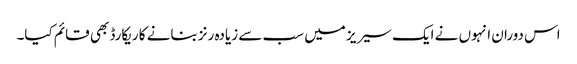
اس دوران انہوں نے ایک سیریز میں سب سے زیادہ رنز بنانے کا ریکارڈ بھی قائم کیا۔